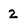
Character: 2